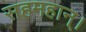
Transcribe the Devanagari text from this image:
सहमहान्।